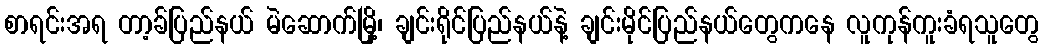
စာရင်းအရ တာ့ခ်ပြည်နယ် မဲဆောက်မြို့၊ ချင်းရိုင်ပြည်နယ်နဲ့ ချင်းမိုင်ပြည်နယ်တွေကနေ လူကုန်ကူးခံရသူတွေ